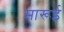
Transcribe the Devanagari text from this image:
मारूई